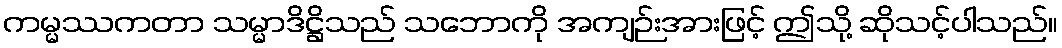
ကမ္မဿကတာ သမ္မာဒိဋ္ဌိသည် သဘောကို အကျဉ်းအားဖြင့် ဤသို့ ဆိုသင့်ပါသည်။